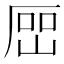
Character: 𡸡